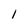
Character: l